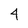
Character: 4